Vabadussoja_Ajaloo_Komitee, lk 19
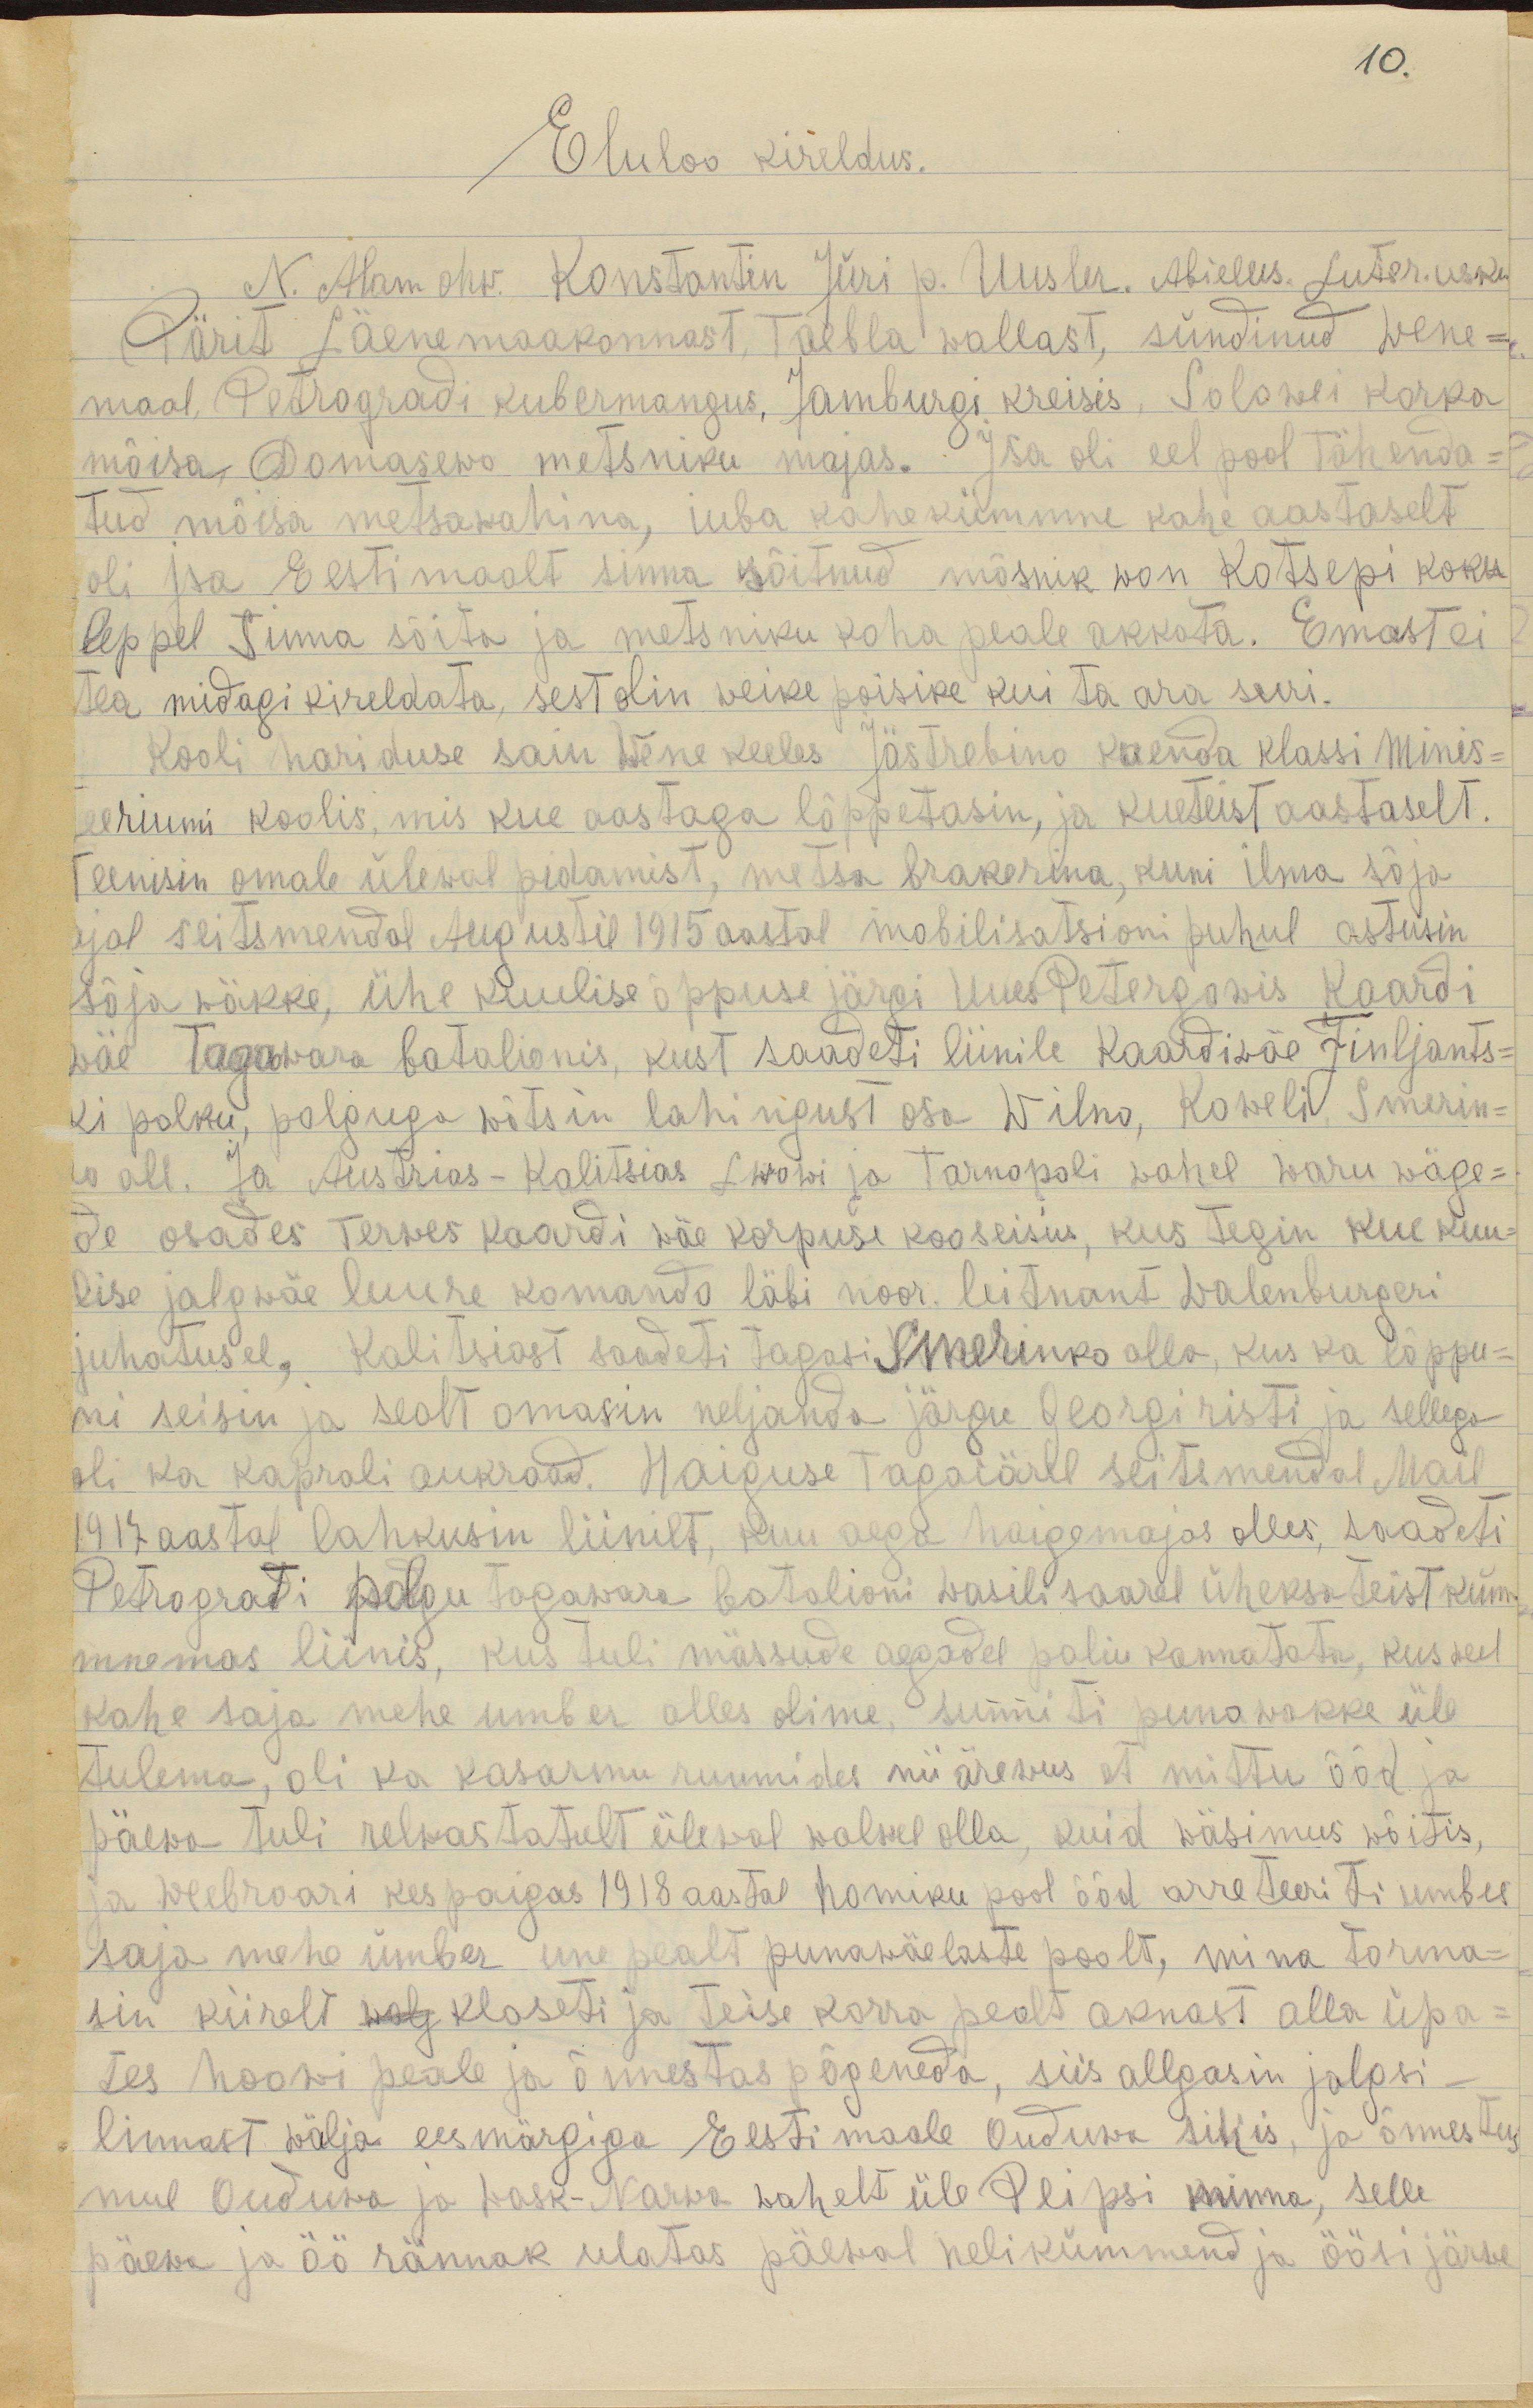
10.
Eluloo kireldus.
N. Alam ohw. Konstantin Jüri p. Uusler. Abielus. Luter. uskus
Pärit Läene maakonnast, Taebla wallast, sündinud Wene-
maal Petrogradi kubermangus, Jamburgi kreisis Solowei korka
mõisa Domasewo metsniku majas. Isa oli eel pool tähenda-
tud mõisa metsawahina, iuba kahekümmne kahe aastaselt
oli isa Eestimaalt sinna sõitnud mõsnik won Kotsepi koku-
leppel Sinna sõita ja metsniku koha peale akkata. Emast ei
tea midagi kireldata, sest olin veike poisike kui ta ara suri.
Kooli hariduse sain Wene keeles Jästrebino kuenda klassi minis-
teeriumi koolis, mis kue aastaga lõppetasin, ja kueteist aastaselt.
Teenisin omale ülewal pidamist, metsa brakerina, kuni ilma sõja
ajal seitsmendal Augustil 1915 aastal mobilisatsioni puhul astusin
sõjawäkke, ühe kuulise õppuse järgi Uues Petergowis Kaard-
wäe Tagawara batalionis, kust saadeti liinile Kaardiwäe Finljantsk-
ki polku, polguga võtsin lahingust osa Wilno, Koweli, Smerin-
ko all. Ja Austrias-Kalitsias Lwowi ja Tarnopoli wahel waru wäge-
de osades terwes kaardi wäe korpuse kooseisus, kus tegin kue kuu-
lise jalgwäe luure komando läbi noor. leitnant Walenburgeri
juhatusel, Kalitsiast saadeti tagasi Smerinko alla, kus ka lõppu-
ni seisin ja sealt omasin neljanda järgu Georgi risti ja sellega
oli ka kaprali aukraad. Haiguse tagaiärel seitsmendal Mail
1917 aastal lahkusin liinilt, kuu aega haigemajas olles, saadeti
Petrograti polgu Tagawara batalioni wasili saarel üheksateist küm-
mnemas liinis, kus tuli mässude aegadel paliu kannatata, kus weel
kahe saja mehe umber olles olime, sunniti punawakke üle
tulema, oli ka kasarmu ruumides nii ärewus et mittu ööd ja
päewa tuli relwastatult ülewal walwel olla, kuid wäsimus wõitis,
ja weebroari kespaigas 1918 aastal homiku pool ööd arreteeriti umbes
saja mehe ümber une pealt punawäelaste poolt, mina torma-
sin kiirelt walj kloseti ja teise korra pealt aknast alla üpa-
tes hoowi peale ja õnnestas põgeneda, siis allgasin jalgsi
linnast wälja eesmärgiga Eestimaale Ouduwa sihis, ja õnnestus
mul Ouduwa ja Wask-Narwa wahelt üle Peipsi minna, selle
päewa ja öö rännak ulatas päewal nelikümmend ja öösi järwe